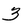
Character: 3